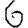
Digit: 6